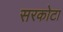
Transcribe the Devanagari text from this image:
सरकोटा